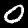
Digit: 0